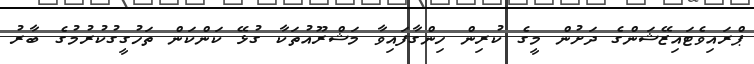
ޕްރައިވެޓައިޒޭޝަންގެ ދަށުން މީގެ ކުރިން ހިންގާފައިވާ މަޝްރޫއުތަކާ ގުޅޭ ކަންކަން ތަހުގީގުކުރުމުގެ ބާރު